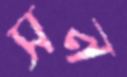
সন